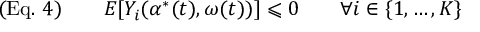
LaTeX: ( { \mathrm { E q . ~ } } 4 ) \qquad E [ Y _ { i } ( \alpha ^ { * } ( t ) , \omega ( t ) ) ] \leqslant 0 \qquad \forall i \in \{ 1 , \ldots , K \}